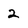
Character: 2